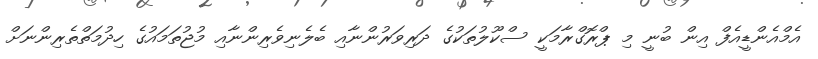
އެމްއެންޑީއެފް އިން ބުނީ މި ޕްރޮގްރާމަކީ ސްކޫލުތަކުގެ ދަރިވަރުންނާއި ބެލެނިވެރިންނާއި މުޖުތަމައުގެ ހިދުމަތްތެރިންނަށް